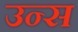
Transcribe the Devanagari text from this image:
उन्स